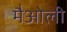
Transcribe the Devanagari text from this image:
मैओली